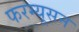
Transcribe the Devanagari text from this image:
फरग्यूसन